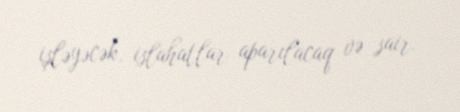
işləyəcək, islahatlar aparılacaq və sair.